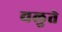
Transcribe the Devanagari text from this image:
वलुते